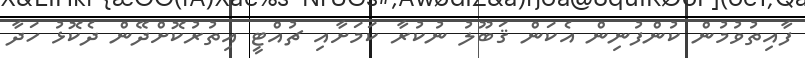
ފާއިތުވުމުން ކުންފުނިން އެކަން ޤަބޫލު ނުކުރާ ކަމަށާއި ޗުއްޓީ އިތުރުކޮށްދޭން ދެކޮޅު ހަދާ